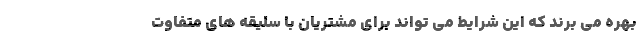
بهره می برند که این شرایط می تواند برای مشتریان با سلیقه های متفاوت